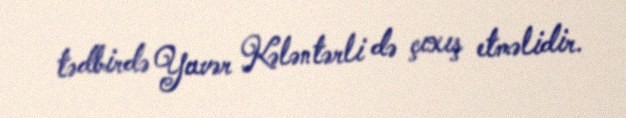
tədbirdə Yavər Kələntərli də çıxış etməlidir.